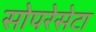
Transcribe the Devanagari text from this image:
सोपरेसेटा